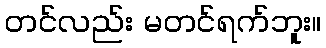
တင်လည်း မတင်ရက်ဘူး။